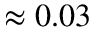
\approx 0 . 0 3